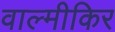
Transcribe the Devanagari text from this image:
वाल्मीकिर